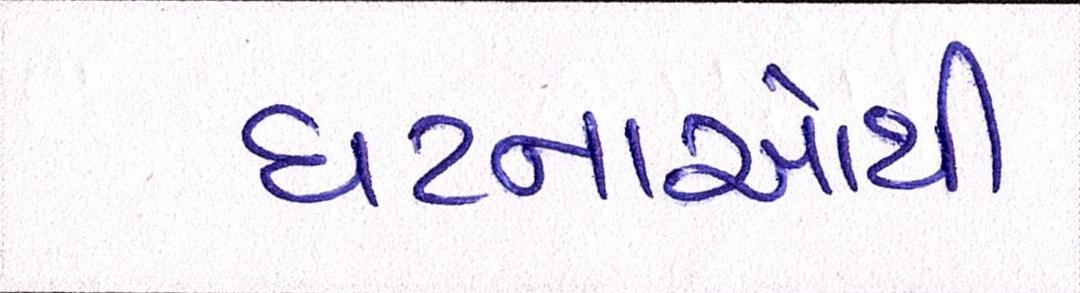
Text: ઘટનાઓથી